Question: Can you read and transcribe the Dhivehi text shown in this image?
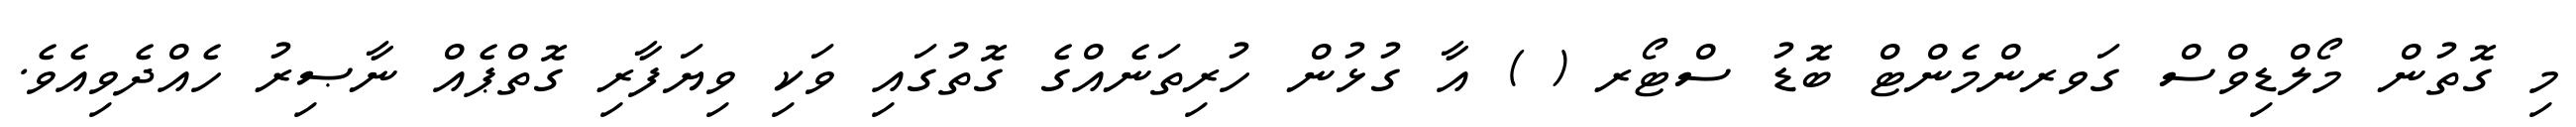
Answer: މި ގޮތުން މޯލްޑިވްސް ގަވރންމެންޓް ބޮޑު ސްޓޯރ ( ) އާ ގުޅުން ހުރިތަނެއްގެ ގޮތުގައި ވަކި ވިޔަފާރި ގޮތްޕެއް ނާޞިރު ހެއްދެވިއެވެ.